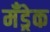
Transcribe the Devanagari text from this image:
मँड्रेक